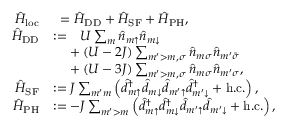
\begin{array} { r l } { \hat { H } _ { \mathrm { l o c } } } & { \phantom { : } = \hat { H } _ { \mathrm { D D } } + \hat { H } _ { \mathrm { S F } } + \hat { H } _ { \mathrm { P H } } , } \\ { \hat { H } _ { \mathrm { D D } } } & { : = \phantom { + } U \sum _ { m } \hat { n } _ { m { \uparrow } } \hat { n } _ { m { \downarrow } } } \\ & { \phantom { : = } + ( U - 2 J ) \sum _ { m ^ { \prime } > m , \sigma } \hat { n } _ { m \sigma } \hat { n } _ { m ^ { \prime } \bar { \sigma } } } \\ & { \phantom { : = } + ( U - 3 J ) \sum _ { m ^ { \prime } > m , \sigma } \hat { n } _ { m \sigma } \hat { n } _ { m ^ { \prime } \sigma } , } \\ { \hat { H } _ { \mathrm { S F } } } & { : = J \sum _ { m ^ { \prime } m } \left( \hat { d } _ { m { \uparrow } } ^ { \dagger } \hat { d } _ { m { \downarrow } } \hat { d } _ { m ^ { \prime } { \uparrow } } \hat { d } _ { m ^ { \prime } { \downarrow } } ^ { \dagger } + \mathrm { h . c . } \right) , } \\ { \hat { H } _ { \mathrm { P H } } } & { : = - J \sum _ { m ^ { \prime } > m } \left( \hat { d } _ { m { \uparrow } } ^ { \dagger } \hat { d } _ { m { \downarrow } } ^ { \dagger } \hat { d } _ { m ^ { \prime } { \uparrow } } \hat { d } _ { m ^ { \prime } { \downarrow } } + \mathrm { h . c . } \right) , } \end{array}